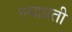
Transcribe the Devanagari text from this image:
ल्याप्रती